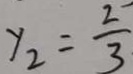
y _ { 2 } = \frac { 2 } { 3 }